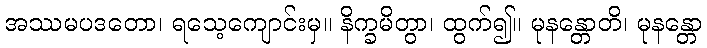
အဿမပဒတော၊ ရသေ့ကျောင်းမှ။ နိက္ခမိတွာ၊ ထွက်၍။ မုနန္တောတိ၊ မုနန္တော